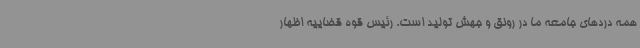
همه دردهای جامعه ما در رونق و جهش تولید است. رئیس قوه قضاییه اظهار